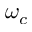
\omega _ { c }